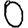
Digit: 0